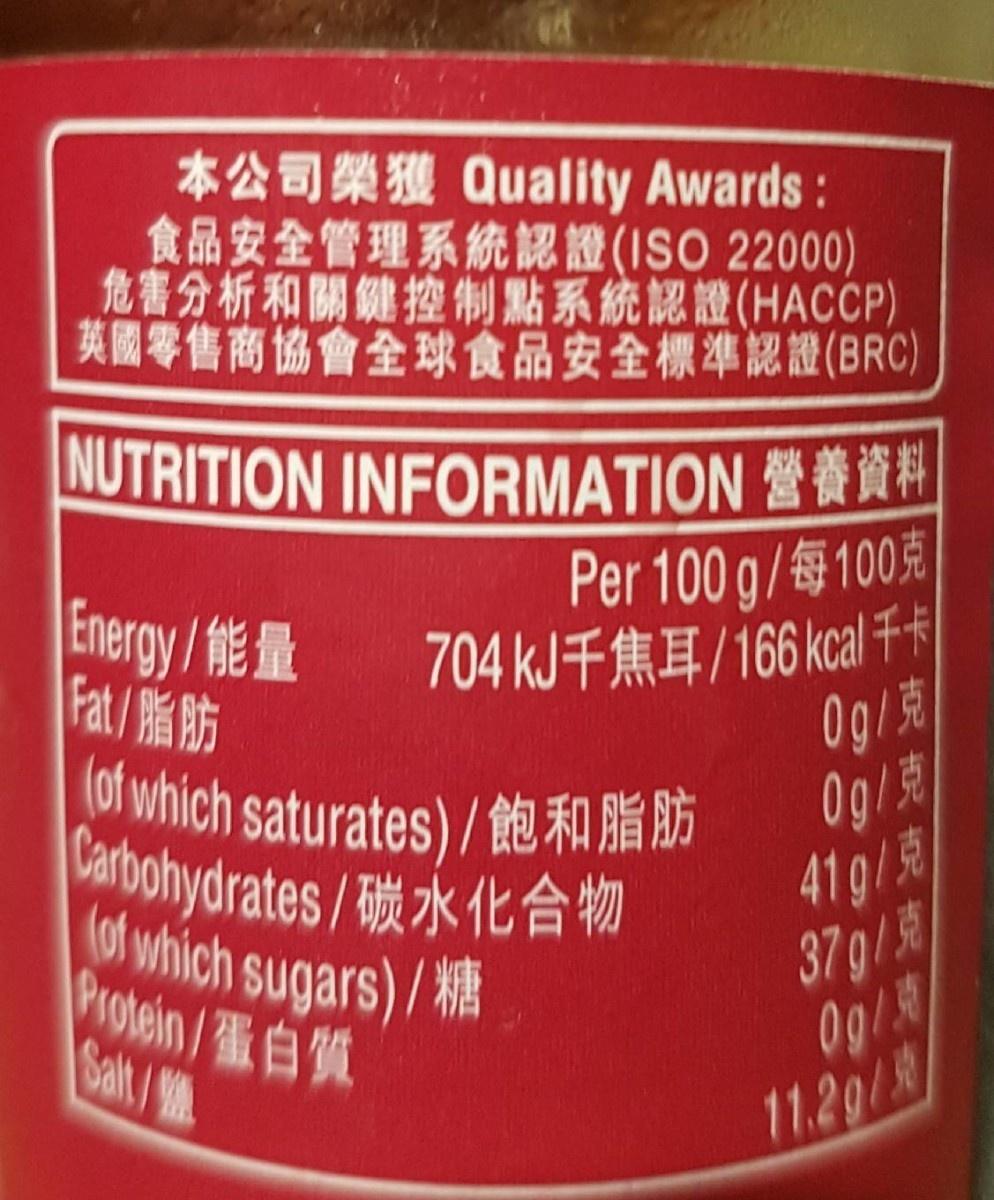
*20 Quality Awards: 食品安全管理系統認證 (ISO 22000) 危害分析和關鍵控制點系統認證(HACCP) 英國零售商協會全球食品安全標準認證(BRC)
NUTRITION INFORMATION Per 100 g/ 100 704 kJ千焦耳/166 kcal 千卡| 0g/克 (of which saturates)/ FA AE AS
Energy/能量 Fat/脂肪
Og/萬 41g/克 37g/萬 09/
atbohydrates / 碳水化合物
of which sugars)/ 1Proein/蛋白質 Salt/
11.20/